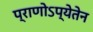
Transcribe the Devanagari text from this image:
प्राणोऽप्येतेन